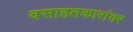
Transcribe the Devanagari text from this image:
वसाहतकारांवर